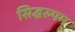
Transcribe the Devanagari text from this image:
सिद्धरुपम